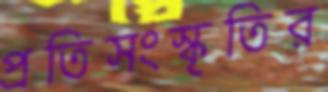
প্রতিসংস্কৃতির